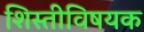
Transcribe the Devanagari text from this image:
शिस्तीविषयक